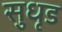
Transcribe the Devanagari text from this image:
सुधृड